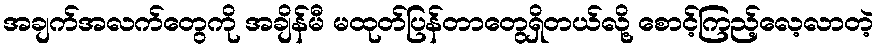
အချက်အလက်တွေကို အချိန်မီ မထုတ်ပြန်တာတွေရှိတယ်လို့ စောင့်ကြည့်လေ့လာတဲ့